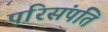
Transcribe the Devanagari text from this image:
परिसंपति